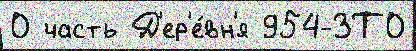
О часть Д'ер'е́вн'я 954-ЗТО